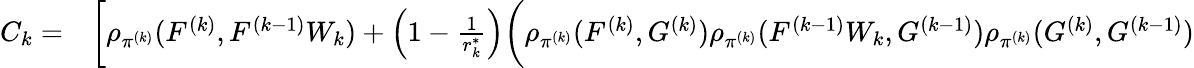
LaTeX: \begin{array}{rl}{C_{k}=}&{{}\bigg[\rho_{\pi^{(k)}}(F^{(k)},F^{(k-1)}W_{k})+\left(1-\frac{1}{r_{k}^{\ast}}\right)\bigg(\rho_{\pi^{(k)}}(F^{(k)},G^{(k)})\rho_{\pi^{(k)}}(F^{(k-1)}W_{k},G^{(k-1)})\rho_{\pi^{(k)}}(G^{(k)},G^{(k-1)})}\end{array}